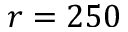
r = 2 5 0